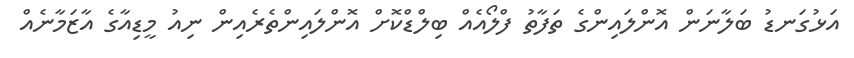
އަޅުގަނޑު ބަލާނަން އޮންލައިންގެ ތަފާތު ފްލޯއެއް ބިލްޑްކޮށް އޮންލައިންތެރެއިން ނިއު މީޑިއާގެ އާޒަމާނެއް